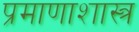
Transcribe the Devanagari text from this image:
प्रमाणाशास्त्र